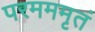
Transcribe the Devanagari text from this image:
परमममृतं